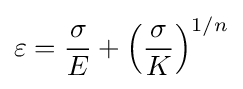
\varepsilon ={\frac {\sigma }{E}}+\left({\frac {\sigma }{K}}\right)^{1/n}